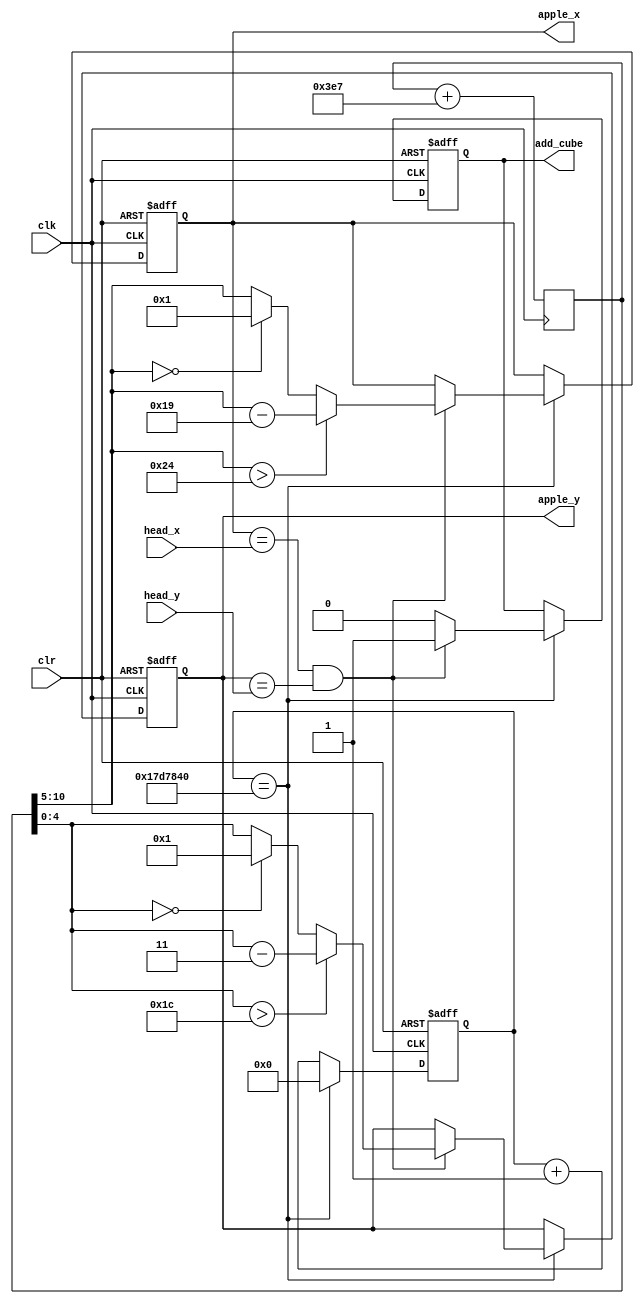
`timescale 1ns / 1ps
//////////////////////////////////////////////////////////////////////////////////
// Company: 
// Engineer: 
// 
// Design Name: 
// Module Name: apple
// Project Name: 
// Target Devices: 
// Tool Versions: 
// Description: 
// 
// Dependencies: 
// 
// Revision:
// Revision 0.01 - File Created
// Additional Comments:
// 
//////////////////////////////////////////////////////////////////////////////////


module apple(
	input clk,
	input clr,	
	input [5:0]head_x,
	input [5:0]head_y,
	
	output reg [5:0]apple_x,
	output reg [4:0]apple_y,
	output reg add_cube
);

	reg [31:0]clk_cnt;
	reg [10:0]random_num;
	
	always@(posedge clk)
		random_num <= random_num + 999;  
	always@(posedge clk or posedge clr) begin
		if(clr) begin
			clk_cnt <= 0;
			apple_x <= 12;
			apple_y <= 5;
			add_cube <= 0;
		end
		else begin
			clk_cnt <= clk_cnt+1;
			if(clk_cnt == 250_00_000) begin
				clk_cnt <= 0;
				if(apple_x == head_x && apple_y == head_y) begin
					add_cube <= 1;
					apple_x <= (random_num[10:5] > 36) ? (random_num[10:5] - 25) : (random_num[10:5] == 0) ? 1 : random_num[10:5];
					apple_y <= (random_num[4:0] > 28) ? (random_num[4:0] - 3) : (random_num[4:0] == 0) ? 1:random_num[4:0];
				end   
				else
					add_cube <= 0;
			end
		end
	end
endmodule